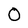
Character: 0